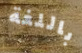
باللغة